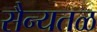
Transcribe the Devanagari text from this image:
सैन्यतळ